Indian journal of veterinary science and animal husbandry - Volumes 22-23, 1952-1953
Year: 1952
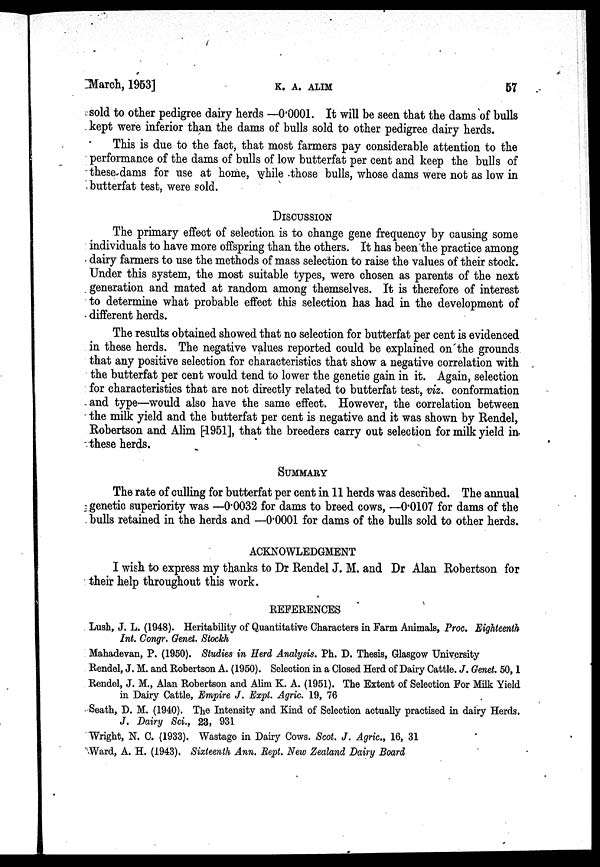
March, 1953]
K.
A.
ALIM
57
sold to other pedigree dairy herds —0.0001. It will be seen that the dams of bulls
kept were inferior than the dams of bulls sold to other pedigree dairy herds.
This is due to the fact, that most farmers pay considerable attention to the
performance of the dams of bulls of low butterfat per cent and keep the bulls of
these dams for use at home, while those bulls, whose dams were not as low in
butterfat test, were sold.
DISCUSSION
The primary effect of selection is to change gene frequency by causing some
individuals to have more offspring than the others. It has been the practice among
dairy farmers to use the methods of mass selection to raise the values of their stock.
Under this system, the most suitable types, were chosen as parents of the next
generation and mated at random among themselves. It is therefore of interest
to determine what probable effect this selection has had in the development of
different herds.
The results obtained showed that no selection for butterfat per cent is evidenced
in these herds. The negative values reported could be explained on the grounds
that any positive selection for characteristics that show a negative correlation with
the butterfat per cent would tend to lower the genetic gain in it. Again, selection
for characteristics that are not directly related to butterfat test, viz. conformation
and type—would also have the same effect. However, the correlation between
the milk yield and the butterfat per cent is negative and it was shown by Rendel,
Robertson and Alim [1951], that the breeders carry out selection for milk yield in
these herds.
SUMMARY
The rate of culling for butterfat per cent in 11 herds was described. The annual
genetic superiority was —0∙0032 for dams to breed cows, —0∙0107 for dams of the
bulls retained in the herds and —0∙0001 for dams of the bulls sold to other herds.
ACKNOWLEDGMENT
I wish to express my thanks to Dr Rendel J. M. and Dr Alan Robertson for
their help throughout this work.
REFERENCES
Lush, J. L. (1948). Heritability of Quantitative Characters in Farm Animals, Proc. Eighteenth
Int. Congr. Genet. Stockh
Mahadevan, P. (1950). Studies in Herd Analysis. Ph. D. Thesis, Glasgow University
Rendel, J. M. and Robertson A. (1950). Selection in a Closed Herd of Dairy Cattle. J. Genet. 50, 1
Rendel, J. M., Alan Robertson and Alim K. A. (1951). The Extent of Selection For Milk Yield
in Dairy Cattle, Empire J. Expt. Agric. 19, 76
Seath, D. M. (1940). The Intensity and Kind of Selection actually practised in dairy Herds.
J. Dairy Sci., 23, 931
Wright, N. C. (1933). Wastage in Dairy Cows. Scot. J. Agric., 16, 31
Ward, A. H. (1943). Sixteenth Ann. Rept. New Zealand Dairy Board